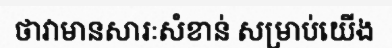
ថាវាមានសារៈសំខាន់ សម្រាប់យើង